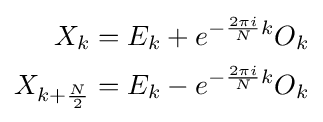
{\begin{aligned}X_{k}&=E_{k}+e^{-{\frac {2\pi i}{N}}{k}}O_{k}\\X_{k+{\frac {N}{2}}}&=E_{k}-e^{-{\frac {2\pi i}{N}}{k}}O_{k}\end{aligned}}